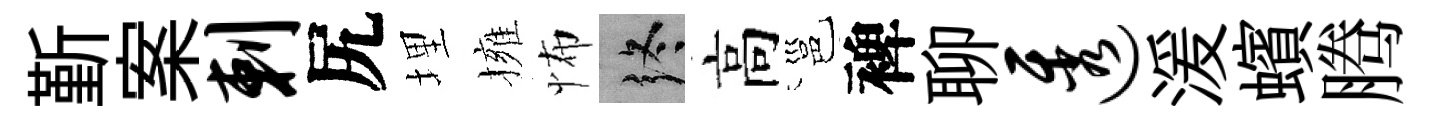
斳案剌尻埋擁怖终高邕裨聊透湲蠙腾